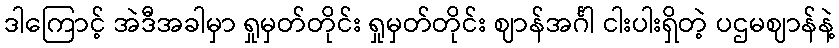
ဒါကြောင့် အဲဒီအခါမှာ ရှုမှတ်တိုင်း ရှုမှတ်တိုင်း ဈာန်အင်္ဂါ ငါးပါးရှိတဲ့ ပဌမဈာန်နဲ့